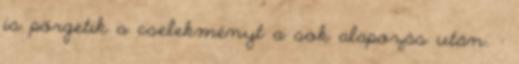
is pörgetik a cselekményt a sok alapozás után. :